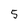
Character: 5